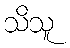
သိသူ